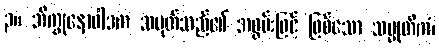
၃။ ဘိက္ခုနောဝါဒက သမုတ်သည်၏ အစွမ်းဖြင့် ဖြစ်သော သမ္မုတိကံ၊